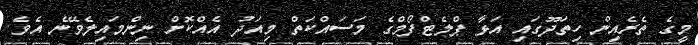
މީގެ ތެރެއިން ހިތަދޫގައި އަޅާ ޕްލެޓްފޯމްގެ މަސައްކަތް މިއަދު އެއްކޮށް ނިންމައިލެވޭނެ އެވެ.